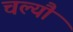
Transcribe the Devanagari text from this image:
चल्यौ